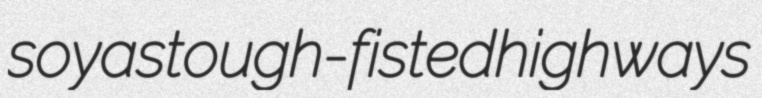
soyas tough-fisted highways